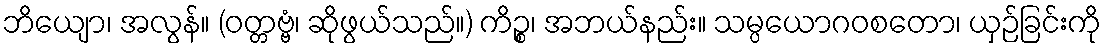
ဘိယျော၊ အလွန်။ (ဝတ္တဗ္ဗံ၊ ဆိုဖွယ်သည်။) ကိဉ္စ၊ အဘယ်နည်း။ သမ္ပယောဂဝစတော၊ ယှဉ်ခြင်းကို